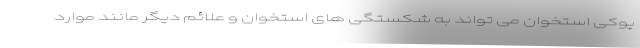
پوکی استخوان می تواند به شکستگی های استخوان و علائم دیگر مانند موارد